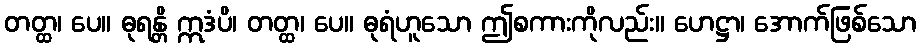
တတ္ထ၊ ပေ။ ဓုရန္တိ ဣဒံပိ၊ တတ္ထ၊ ပေ။ ဓုရံဟူသော ဤစကားကိုလည်း။ ဟေဋ္ဌာ၊ အောက်ဖြစ်သော